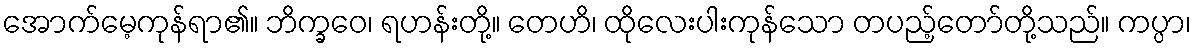
အောက်မေ့ကုန်ရာ၏။ ဘိက္ခဝေ၊ ရဟန်းတို့။ တေဟိ၊ ထိုလေးပါးကုန်သော တပည့်တော်တို့သည်။ ကပ္ပာ၊